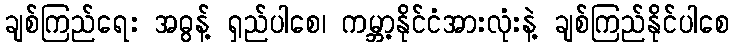
ချစ်ကြည်ရေး အဓွန့် ရှည်ပါစေ၊ ကမ္ဘာ့နိုင်ငံအားလုံးနဲ့ ချစ်ကြည်နိုင်ပါစေ